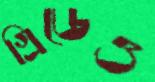
গ্রিডেও